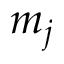
m _ { j }